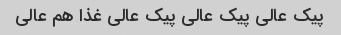
پیک عالی پیک عالی پیک عالی غذا هم عالی